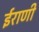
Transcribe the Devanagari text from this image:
ईराणी